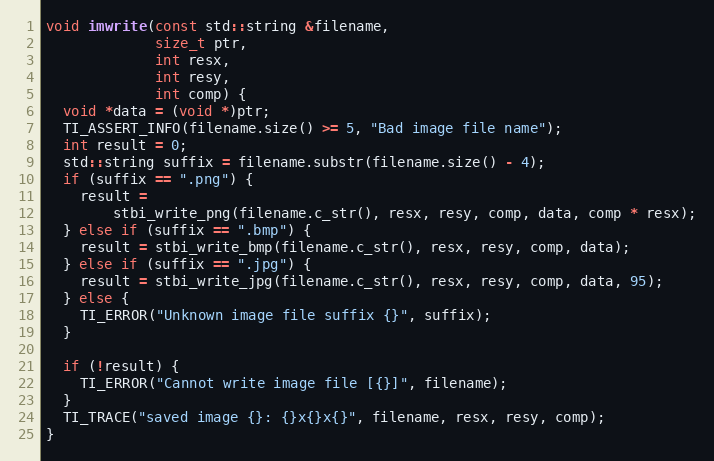
Language: C++
void imwrite(const std::string &filename,
             size_t ptr,
             int resx,
             int resy,
             int comp) {
  void *data = (void *)ptr;
  TI_ASSERT_INFO(filename.size() >= 5, "Bad image file name");
  int result = 0;
  std::string suffix = filename.substr(filename.size() - 4);
  if (suffix == ".png") {
    result =
        stbi_write_png(filename.c_str(), resx, resy, comp, data, comp * resx);
  } else if (suffix == ".bmp") {
    result = stbi_write_bmp(filename.c_str(), resx, resy, comp, data);
  } else if (suffix == ".jpg") {
    result = stbi_write_jpg(filename.c_str(), resx, resy, comp, data, 95);
  } else {
    TI_ERROR("Unknown image file suffix {}", suffix);
  }

  if (!result) {
    TI_ERROR("Cannot write image file [{}]", filename);
  }
  TI_TRACE("saved image {}: {}x{}x{}", filename, resx, resy, comp);
}